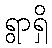
ရွာရှိ